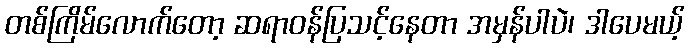
တစ်ကြိမ်လောက်တော့ ဆရာဝန်ပြသင့်နေတာ အမှန်ပါပဲ၊ ဒါပေမယ့်